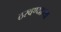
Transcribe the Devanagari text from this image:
ठरवण्याच्या